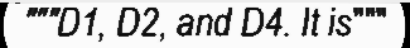
"""D1, D2, and D4. It is"""